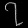
Digit: ၇